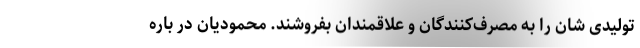
تولیدی شان را به مصرف‌کنندگان و علاقمندان بفروشند. محمودیان در باره